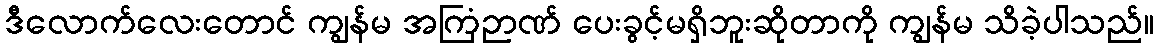
ဒီလောက်လေးတောင် ကျွန်မ အကြံဉာဏ် ပေးခွင့်မရှိဘူးဆိုတာကို ကျွန်မ သိခဲ့ပါသည်။